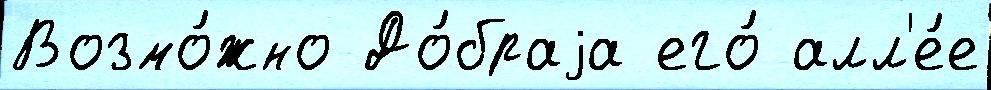
Возмо́жно До́браjа его́ алл'е́е